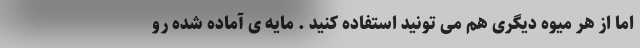
اما از هر میوه دیگری هم می تونید استفاده کنید . مایه ی آماده شده رو